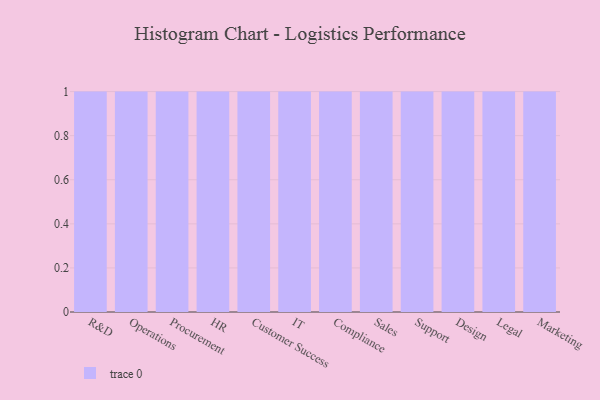
{"axis": {"x": "Department", "y": "Churn Rate (%)"}, "legend": [""], "data": [{"x": "R&D", "y": 91, "type": ""}, {"x": "Operations", "y": 23, "type": ""}, {"x": "Procurement", "y": 69, "type": ""}, {"x": "HR", "y": 33, "type": ""}, {"x": "Customer Success", "y": 15, "type": ""}, {"x": "IT", "y": 50, "type": ""}, {"x": "Compliance", "y": 22, "type": ""}, {"x": "Sales", "y": 34, "type": ""}, {"x": "Support", "y": 93, "type": ""}, {"x": "Design", "y": 52, "type": ""}, {"x": "Legal", "y": 97, "type": ""}, {"x": "Marketing", "y": 9, "type": ""}]}